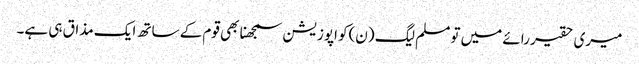
میری حقیر رائے میں تو مسلم لیگ (ن)کو اپوزیشن سمجھنا بھی قوم کے ساتھ ایک مذاق ہی ہے۔